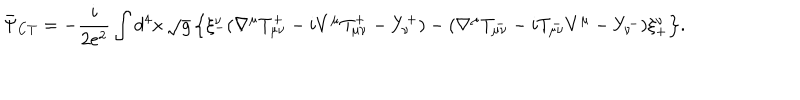
\bar { \Psi } _ { \mathrm { C T } } = - \frac { i } { 2 e ^ { 2 } } \int d ^ { 4 } x \, \sqrt { g } \, \Bigr \{ \xi _ { - } ^ { \nu } ( \nabla ^ { \mu } T _ { \mu \nu } ^ { + } - i V ^ { \mu } T _ { \mu \nu } ^ { + } - Y _ { \nu } ^ { + } ) - ( \nabla ^ { \mu } T _ { \mu \nu } ^ { - } - i T _ { \mu \nu } ^ { - } V ^ { \mu } - Y _ { \nu } ^ { - } ) \xi _ { + } ^ { \nu } \Bigr \} .